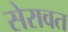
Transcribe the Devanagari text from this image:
सेरावत